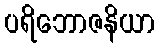
ပရိဘောဇနိယာ